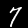
Label: 7